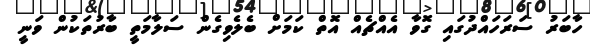
ހާބަރު ސަރަހައްދުގައި ގޮވާ އެއްޗެއް އޮތް ކަމަށް ބެލެވިގެން ސަލާމަތީ ބާރުތަކުން ވަނީ